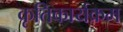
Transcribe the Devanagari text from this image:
कृतिकार्यक्रम